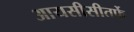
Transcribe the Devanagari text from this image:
आयसीसीतर्फे